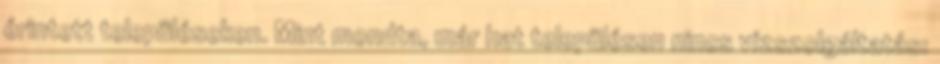
érintett településeken. Mint mondta, már hat településen nincs vízszolgáltatás: